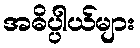
အဓိပ္ပါယ်များ